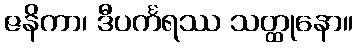
ဇနိကာ၊ ဒီပင်္ကရဿ သတ္ထုနော။